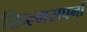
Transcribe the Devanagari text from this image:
फ़िल्मसपनों